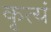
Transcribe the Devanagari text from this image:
कृत्यं